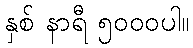
နှစ် နာရီ ၅၀၀၀ပါ။